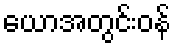
ယောအတွင်းဝန်